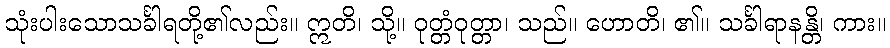
သုံးပါးသောသင်္ခါရတို့၏လည်း။ ဣတိ၊ သို့။ ဝုတ္တံဝုတ္တာ၊ သည်။ ဟောတိ၊ ၏။ သင်္ခါရာနန္တိ၊ ကား။